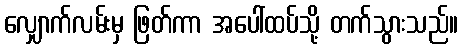
လျှောက်လမ်းမှ ဖြတ်ကာ အပေါ်ထပ်သို့ တက်သွားသည်။